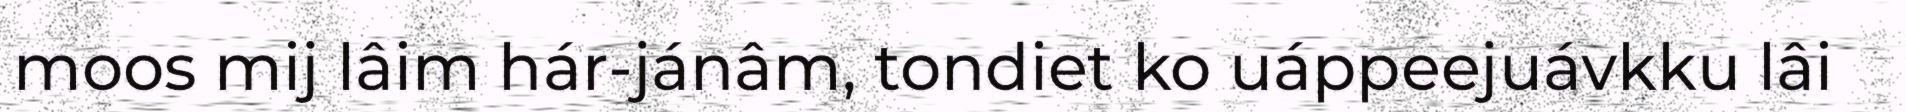
moos mij lâim hár-jánâm, tondiet ko uáppeejuávkku lâi